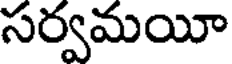
సర్వమయీ